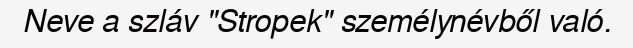
Neve a szláv "Stropek" személynévből való.